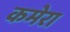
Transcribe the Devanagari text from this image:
कमेरा